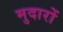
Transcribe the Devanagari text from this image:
मुदारों